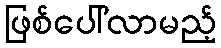
ဖြစ်ပေါ်လာမည့်